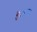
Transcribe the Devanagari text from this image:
बुआन्सु